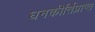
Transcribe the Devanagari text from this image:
घनकीर्तिप्राप्त